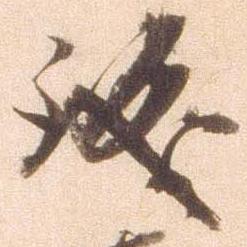
誠